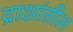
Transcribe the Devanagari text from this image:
द्राक्षांतील